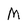
Character: M